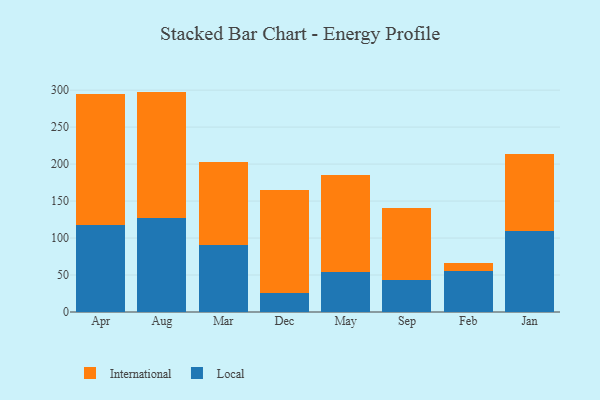
{"axis": {"x": "Month", "y": "Energy Usage (MWh)"}, "legend": ["International", "Local"], "data": [{"x": "Apr", "y": 117.1, "type": "Local"}, {"x": "Apr", "y": 177.4, "type": "International"}, {"x": "Aug", "y": 126.6, "type": "Local"}, {"x": "Aug", "y": 171.4, "type": "International"}, {"x": "Mar", "y": 90.7, "type": "Local"}, {"x": "Mar", "y": 112.5, "type": "International"}, {"x": "Dec", "y": 25.5, "type": "Local"}, {"x": "Dec", "y": 139.1, "type": "International"}, {"x": "May", "y": 53.5, "type": "Local"}, {"x": "May", "y": 132.4, "type": "International"}, {"x": "Sep", "y": 42.9, "type": "Local"}, {"x": "Sep", "y": 97.2, "type": "International"}, {"x": "Feb", "y": 56.1, "type": "Local"}, {"x": "Feb", "y": 9.6, "type": "International"}, {"x": "Jan", "y": 109.1, "type": "Local"}, {"x": "Jan", "y": 105.0, "type": "International"}]}